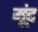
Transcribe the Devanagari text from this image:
मूंद्द